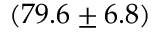
( 7 9 . 6 \pm 6 . 8 )